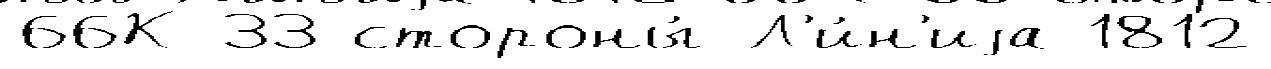
66К-33 стороны́ Л'и́н'иjа 1812